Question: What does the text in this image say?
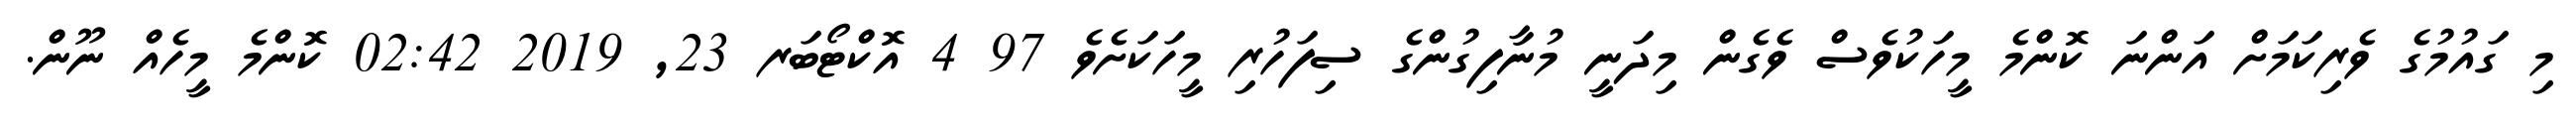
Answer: މި ގައުމުގެ ވެރިކަމަށް އަންނަ ކޮންމެ މީހަކުވެސް ވެގެން މިދަނީ މުނާފިގުންގެ ސިފަހުރި މީހަކަށެވެ 97 4 އޮކްޓޯބަރ 23, 2019 02:42 ކޮންމެ މީހެއް ނޫން.